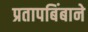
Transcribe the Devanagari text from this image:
प्रतापबिंबाने